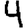
Digit: 4